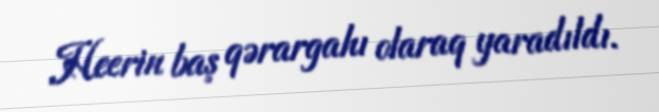
Heerin baş qərargahı olaraq yaradıldı.